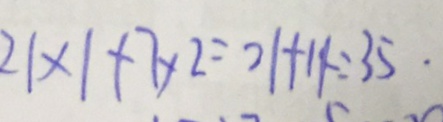
2 1 \times 1 + 7 \times 2 = 2 1 + 1 4 = 3 5 .